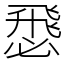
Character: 𢞵